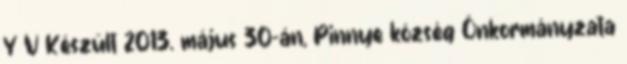
Y V Készült 2013. május 30-án, Pinnye község Önkormányzata